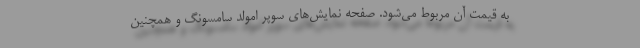
به قیمت آن مربوط می‌شود. صفحه نمایش‌های سوپر امولد سامسونگ و همچنین